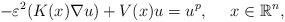
LaTeX: \begin{align*}-\varepsilon^2 (K(x)\nabla u) +V(x)u=u^{p},\ \ \ \ x\in \mathbb{R}^n,\end{align*}